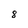
Character: 8